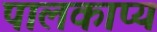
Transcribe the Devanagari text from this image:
पालकाप्य